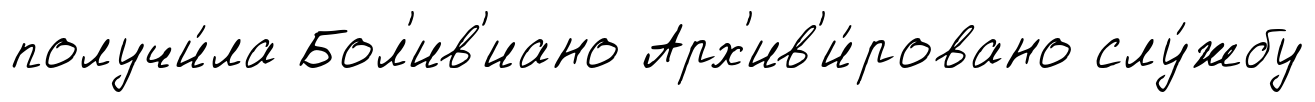
получи́ла Бол'ив'иано Арх'ив'и́ровано слу́жбу